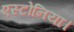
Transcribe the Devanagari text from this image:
एस्टोनिया।